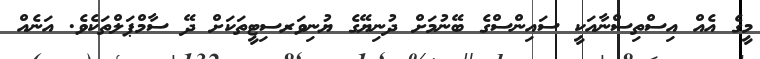
މީގެ އެއް އިސްތިސްނާއަކީ ސައިންސްގެ ބޭނުމަށް ދުނިޔޭގެ ޔުނިވަރސިޓީތަކަށް ދޭ ސާމްޕަލްތަކެވެ. އަނެއް